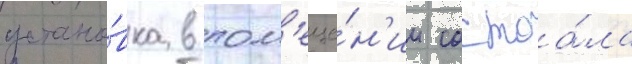
устано́вка в пом'еще́н'ии состоа́ла